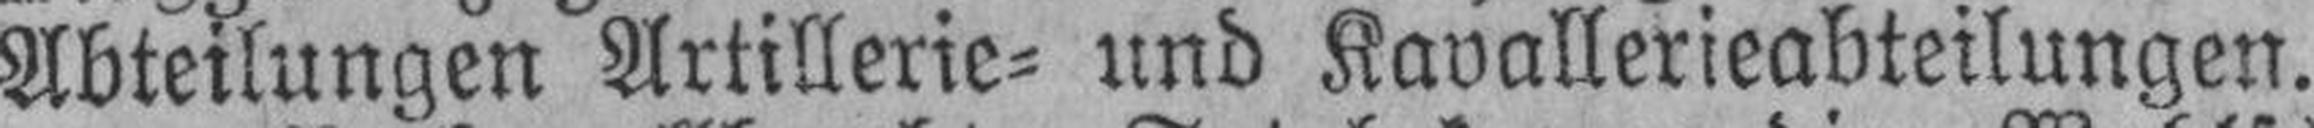
Abteilungen Artillerie= und Kavallerieabteilungen.